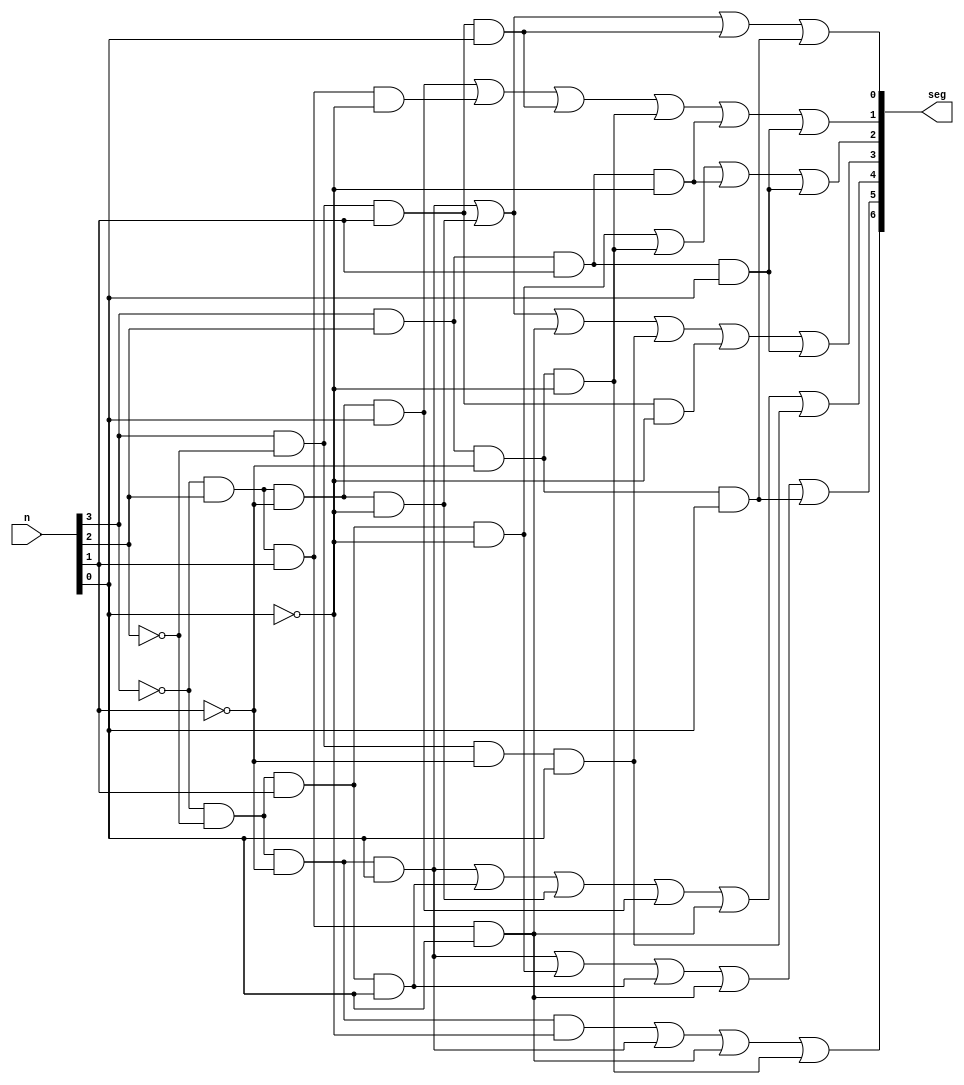
`timescale 1ns / 1ps
//////////////////////////////////////////////////////////////////////////////////
// Company: 
// Engineer: 
// 
// Design Name: 
// Module Name: hex7seg
// Project Name: 
// Target Devices: 
// Tool Versions: 
// Description: 
// 
// Dependencies: 
// 
// Revision:
// Revision 0.01 - File Created
// Additional Comments:
// 
//////////////////////////////////////////////////////////////////////////////////


module hex7seg(
    input [3:0] n,
    output [6:0] seg
    );
    //assign seg[0] = (sw[3] | sw[2] | sw[1] | ~sw[0])&(sw[3] | ~sw[2] | sw[1] | sw[0])&(~sw[3] |sw[2] | ~sw[1] | ~sw[0])&(~sw[3] | ~sw[2] | sw[1] | ~sw[0]);
    //assign seg[1] = (sw[3] | ~sw[2] | sw[1] | ~sw[0])&(sw[3] | ~sw[2] | ~sw[1] | sw[0])&(~sw[3] | sw[2] | ~sw[1] | ~sw[0])&(~sw[3] | ~sw[2] | sw[1] | sw[0])&(~sw[3] | ~sw[2] | ~sw[1] | sw[0])&(~sw[3] | ~sw[2] | ~sw[1] | ~sw[0]);
    //assign seg[2] = (sw[3] | sw[2] | ~sw[1] | sw[0])&(~sw[3] | ~sw[2] | sw[1] | sw[0])&(~sw[3] | ~sw[2] | ~sw[1] | sw[0])&(~sw[3] | ~sw[2] | ~sw[1] | ~sw[0]);
    //assign seg[3] = (sw[3] | sw[2] | sw[1] | ~sw[0])&(sw[3] | ~sw[2] | sw[1] | sw[0])&(sw[3] | ~sw[2] | ~sw[1] | ~sw[0])&(~sw[3] | sw[2] | sw[1] | ~sw[0])&(~sw[3] | sw[2] | ~sw[1] | sw[0])&(~sw[3] | ~sw[2] | ~sw[1] | ~sw[0]);
    //assign seg[4] = (sw[3] | sw[2] | sw[1] | ~sw[0])&(sw[3] | sw[2] | ~sw[1] | ~sw[0])&(sw[3] | ~sw[2] | sw[1] | sw[0])&(sw[3] | ~sw[2] | sw[1] | ~sw[0])&(sw[3] | ~sw[2] | ~sw[1] | ~sw[0])&(~sw[3] | sw[2] | sw[1] | ~sw[0]);
    //assign seg[5] = (sw[3] | sw[2] | sw[1] | ~sw[0])&(sw[3] | sw[2] | ~sw[1] | sw[0])&(sw[3] | sw[2] | ~sw[1] | ~sw[0])&(sw[3] | ~sw[2] | ~sw[1] | ~sw[0])&(~sw[3] | ~sw[2] | sw[1] | ~sw[0]);
    //assign seg[6] = (sw[3] | sw[2] | sw[1] | sw[0])&(sw[3] | sw[2] | sw[1] | ~sw[0])&(sw[3] | ~sw[2] | ~sw[1] | ~sw[0])&(~sw[3] | ~sw[2] | sw[1] | sw[0]);
    assign seg[0] = (~n[3] & ~n[2] & ~n[1] & n[0])|(~n[3] & n[2] & ~n[1] & ~n[0])|(n[3] & ~n[2] & n[1] & n[0])|(n[3] & n[2] & ~n[1] & n[0]);
    assign seg[1] = (~n[3] & n[2] & ~n[1] & n[0])|(~n[3] & n[2] & n[1] & ~n[0])|(n[3] & ~n[2] & n[1] & n[0])|(n[3] & n[2] & ~n[1] & ~n[0])|(n[3] & n[2] & n[1] & ~n[0])|(n[3] & n[2] & n[1] & n[0]);
    assign seg[2] = (~n[3] & ~n[2] & n[1] & ~n[0])|(n[3] & n[2] & ~n[1] & ~n[0])|(n[3] & n[2] & n[1] & ~n[0])|(n[3] & n[2] & n[1] & n[0]);
    assign seg[3] = (~n[3] & ~n[2] & ~n[1] & n[0])|(~n[3] & n[2] & ~n[1] & ~n[0])|(~n[3] & n[2] & n[1] & n[0])|(n[3] & ~n[2] & ~n[1] & n[0])|(n[3] & ~n[2] & n[1] & ~n[0])|(n[3] & n[2] & n[1] & n[0]);
    assign seg[4] = (~n[3] & ~n[2] & ~n[1] & n[0])|(~n[3] & ~n[2] & n[1] & n[0])|(~n[3] & n[2] & ~n[1] & ~n[0])|(~n[3] & n[2] & ~n[1] & n[0])|(~n[3] & n[2] & n[1] & n[0])|(n[3] & ~n[2] & ~n[1] & n[0]);
    assign seg[5] = (~n[3] & ~n[2] & ~n[1] & n[0])|(~n[3] & ~n[2] & n[1] & ~n[0])|(~n[3] & ~n[2] & n[1] & n[0])|(~n[3] & n[2] & n[1] & n[0])|(n[3] & n[2] & ~n[1] & n[0]);
    assign seg[6] = (~n[3] & ~n[2] & ~n[1] & ~n[0])|(~n[3] & ~n[2] & ~n[1] & n[0])|(~n[3] & n[2] & n[1] & n[0])|(n[3] & n[2] & ~n[1] & ~n[0]);
endmodule